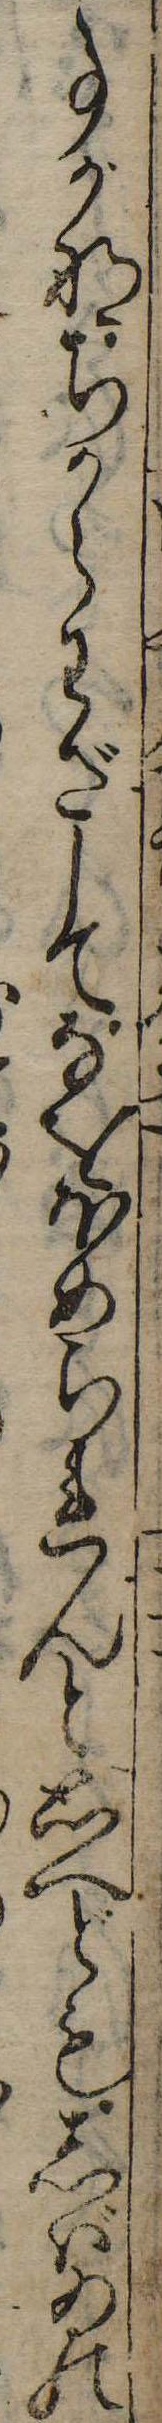
事かなちからわざしてなをほめられんと思へどもしばゐの